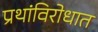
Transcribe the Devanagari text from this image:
प्रथांविरोधात